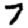
Digit: 7